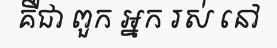
គឺជា ពួក អ្នក រស់ នៅ